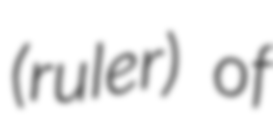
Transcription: (ruler) of